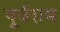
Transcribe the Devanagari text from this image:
पूर्वराम